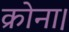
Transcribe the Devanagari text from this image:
क्रोना।